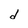
Character: d